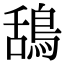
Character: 鴰